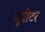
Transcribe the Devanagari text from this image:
जूपीटर